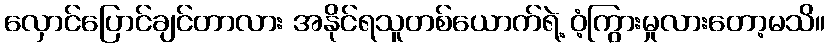
လှောင်ပြောင်ချင်တာလား အနိုင်ရသူတစ်ယောက်ရဲ့ ဝံ့ကြွားမှုလားတော့မသိ။